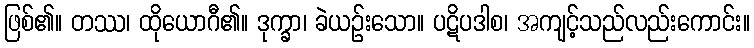
ဖြစ်၏။ တဿ၊ ထိုယောဂီ၏။ ဒုက္ခာ၊ ခဲယဉ်းသော။ ပဋိပဒါစ၊ အကျင့်သည်လည်းကောင်း။